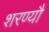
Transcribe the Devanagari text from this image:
शरण्यौ